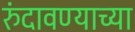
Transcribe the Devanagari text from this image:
रुंदावण्याच्या